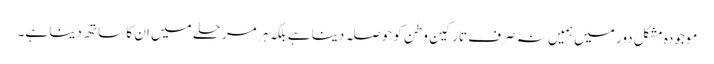
موجودہ مشکل دور میں ہمیں نہ صرف تارکین وطن کو حوصلہ دینا ہے بلکہ ہر مرحلے میں ان کا ساتھ دینا ہے۔